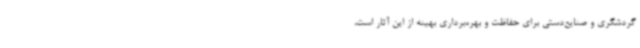
گردشگری و صنایع‌دستی برای حفاظت و بهره‌برداری بهینه از این آثار است،